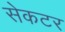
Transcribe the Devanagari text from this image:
सेकटर